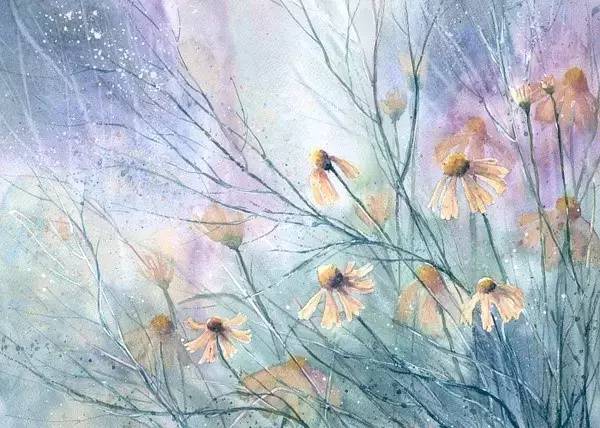
败垣芳草，空廊落叶，深砌苍苔。